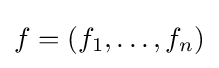
f=(f_{1},\dots ,f_{n})